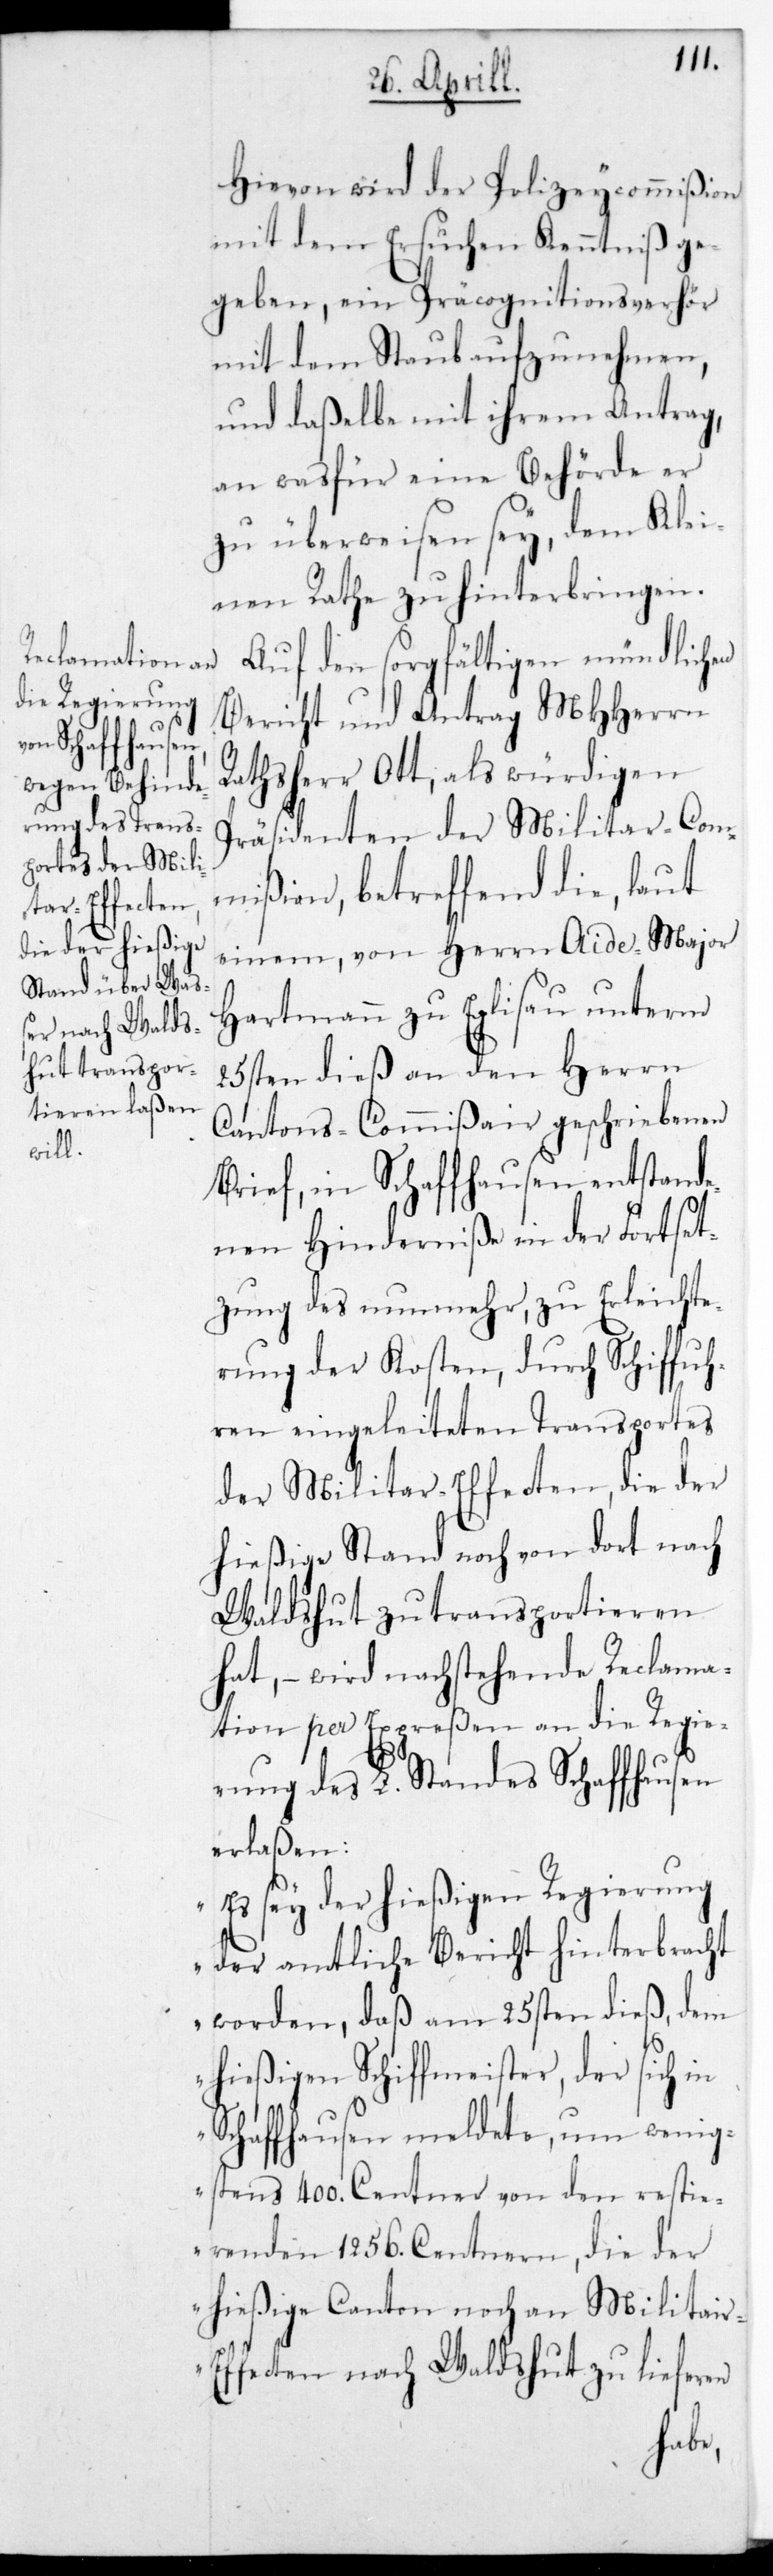
Hievon wird der Polizeycommißion
mit dem Ersuchen Kenntniß ge¬
geben, ein Präcognitionsverhör
mit dem Staub aufzunehmen,
und daßelbe mit ihrem Antrag,
an was für eine Behörde er
zu überweisen sey, dem Klei¬
nen Rathe zu hinterbringen.
Auf den sorgfältigen mündlichen
Bericht und Antrag MHHerrn
Rathsherr Ott, als würdigen
Präsidenten der Militar-Com¬
mißion, betreffend die, laut
einem, von Herrn Aide-Major
Hartmann zu Eglisau unterm
25sten dieß an den Herrn
Cantons-Commißair geschriebenen
Brief, in Schaffhausen entstande¬
nen Hinderniße in der Fortset¬
zung des nunmehr, zu Erleichte¬
rung der Kosten, durch Schifff¬
uhren eingeleiteten Transportes
der Militar-Effecten, die der
hießige Stand noch von dort nach
Waldshut zu transportieren
hat, – wird nachstehende Reclama¬
tion per Expreßen an die Regie¬
rung des L. Standes Schaffhausen
erlaßen:
„Es sey der hießigen Regierung
der amtliche Bericht hinterbracht
worden, daß am 25sten dieß, dem
hießigen Schiffmeister, der sich in
Schaffhausen meldete, um wenig¬
stens 400. Centner von den restie¬
renden 1256. Centnern, die der
hießige Canton noch an Militar-E¬
ffecten nach Waldshut zu lieferen